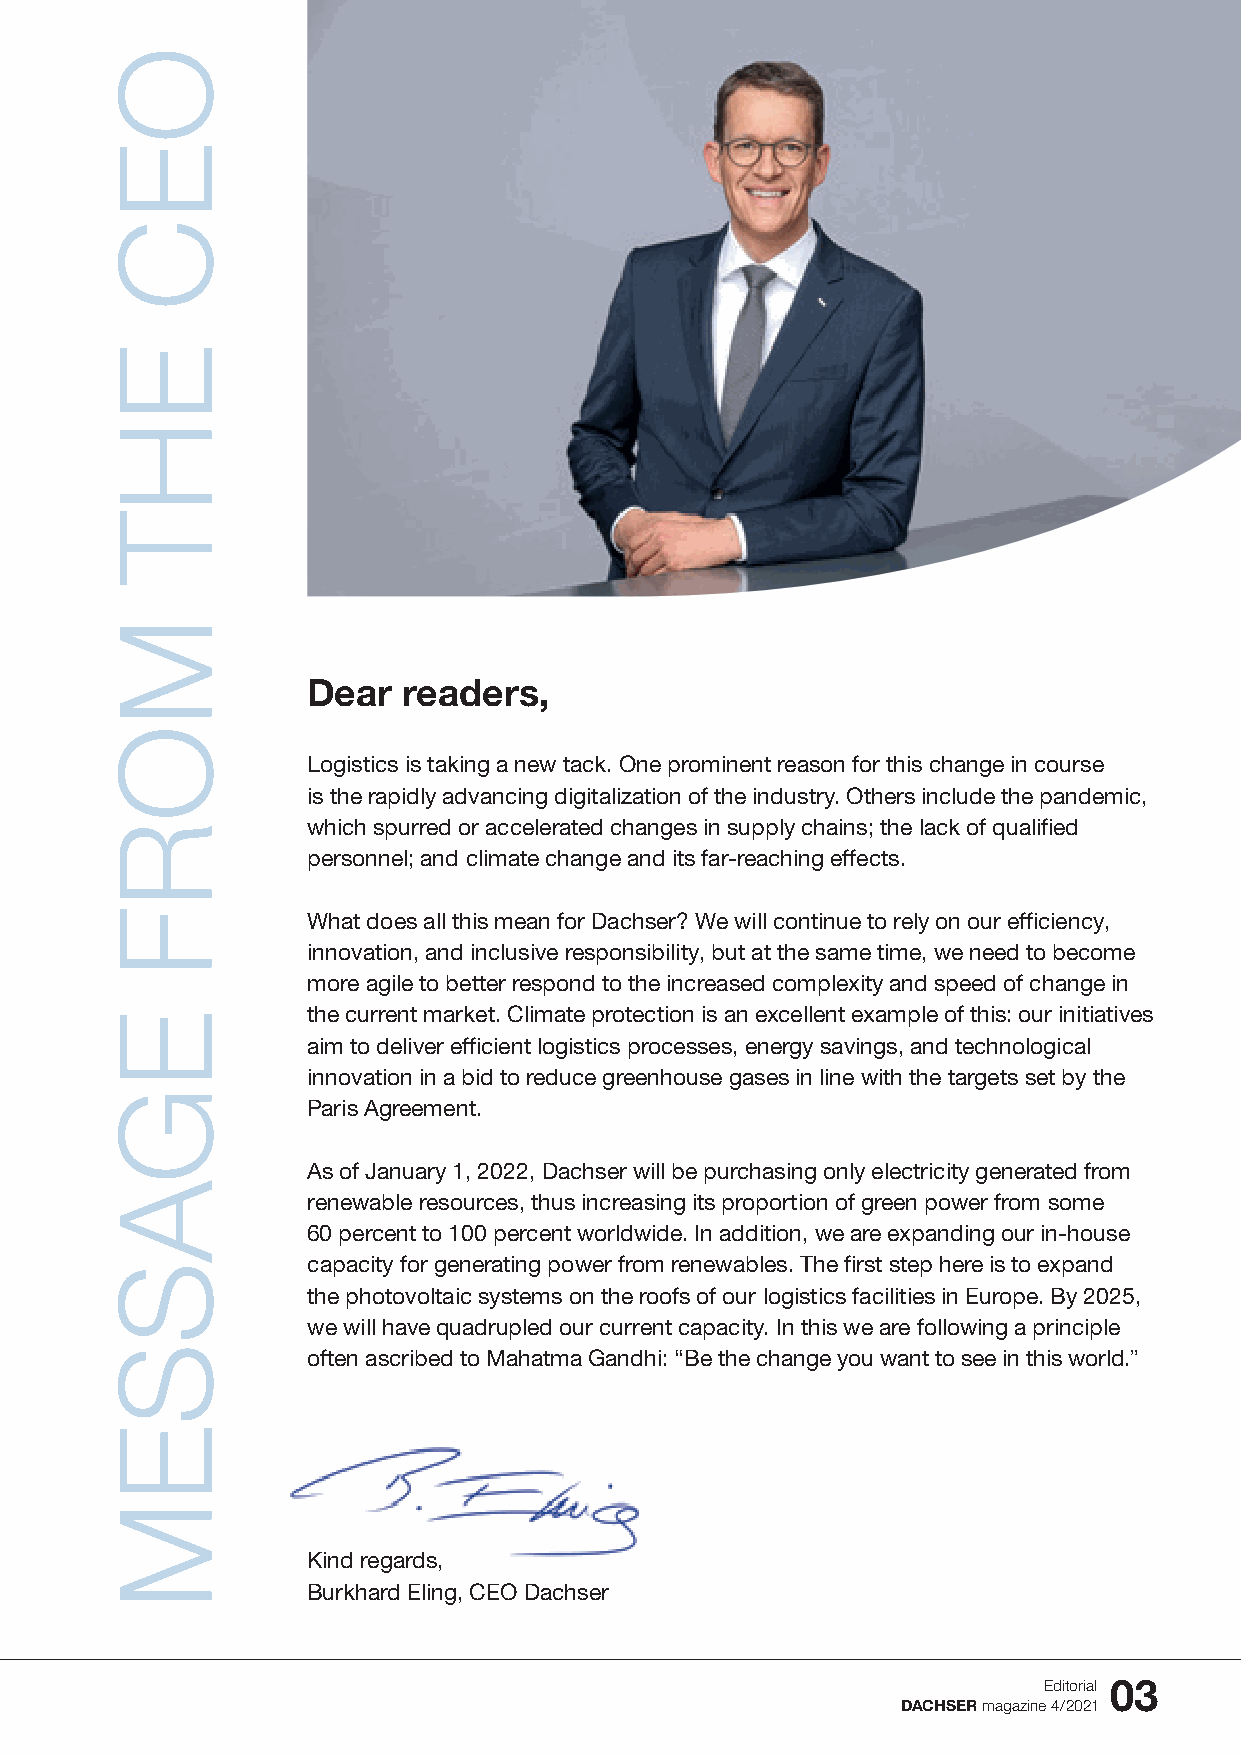
Dear   readers,
 Logistics is taking a new tack. One prominent reason for this change in course
 is the rapidly advancing digitalization of the industry. Others include the pandemic,
 which spurred or accelerated changes in supply chains; the lack of qualified
 personnel; and climate change and its far-reaching effects.
 What does all this mean for Dachser? We will continue to rely on our efficiency,
 innovation, and inclusive responsibility, but at the same time, we need to become
 more agile to better respond to the increased complexity and speed of change in
 the current market. Climate protection is an excellent example of this: our initiatives
 aim to deliver efficient logistics processes, energy savings, and technological
 innovation in a bid to reduce greenhouse gases in line with the targets set by the
 Paris Agreement.
 As of January 1, 2022, Dachser will be purchasing only electricity generated from
 renewable resources, thus increasing its proportion of green power from some
 60 percent to 100 percent worldwide. In addition, we are expanding our in-house
 capacity for generating power from renewables. The first step here is to expand
 the photovoltaic systems on the roofs of our logistics facilities in Europe. By 2025,
 we will have quadrupled our current capacity. In this we are following a principle
 often ascribed to Mahatma Gandhi: “Be the change you want to see in this world.”
 Kind regards,
 Burkhard Eling, CEO Dachser
 Editorial 03
 DACHSER magazine 4/2021
 OEC
 EHT
 MORF
 EGASSEM